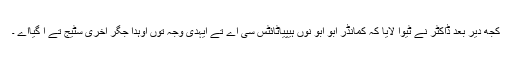
کجھ دیر بعد ڈاکٹر نے ٹیوا لایا کہ کمانڈر ابو ابو نوں ہیپیاٹائٹس سی اے تے ایہدی وجہ توں اوہدا جگر آخری سٹیج تے آ گیااے ۔